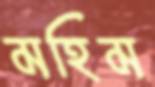
মহিম